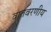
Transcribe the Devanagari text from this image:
वातवरणीय